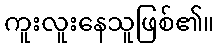
ကူးလူးနေသူဖြစ်၏။